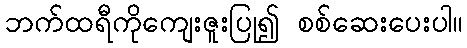
ဘက်ထရီကိုကျေးဇူးပြု၍ စစ်ဆေးပေးပါ။